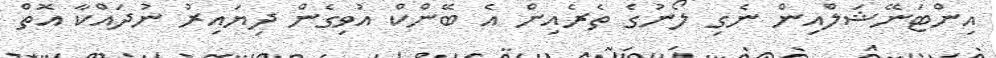
އިންޓަނޭޝަލްއިން ނެގި ލޯނުގެ ތެރެއިން އެ ބޭންކް އުވިގެން ދިޔައިރު ނުދައްކާ އޮތް